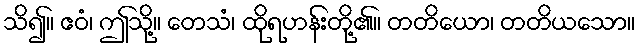
သိ၍။ ဧဝံ၊ ဤသို့။ တေသံ၊ ထိုရဟန်းတို့၏။ တတိယော၊ တတိယသော။